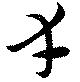
幸